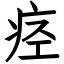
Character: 痉